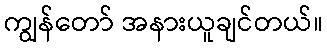
ကျွန်တော် အနားယူချင်တယ်။